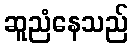
ဆူညံနေသည်